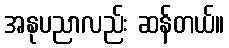
အနုပညာလည်း ဆန်တယ်။